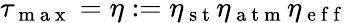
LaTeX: \tau_{\mathrm{~m~a~x~}}=\eta:=\eta_{\mathrm{~s~t~}}\eta_{\mathrm{~a~t~m~}}\eta_{\mathrm{~e~f~f~}}